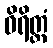
ဝိရိတ္တံ